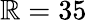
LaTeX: \mathbb{R}=35